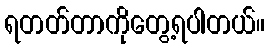
ရတတ်တာကိုတွေ့ရပါတယ်။